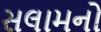
સલામનો